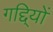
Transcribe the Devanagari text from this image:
गद्दि्यों